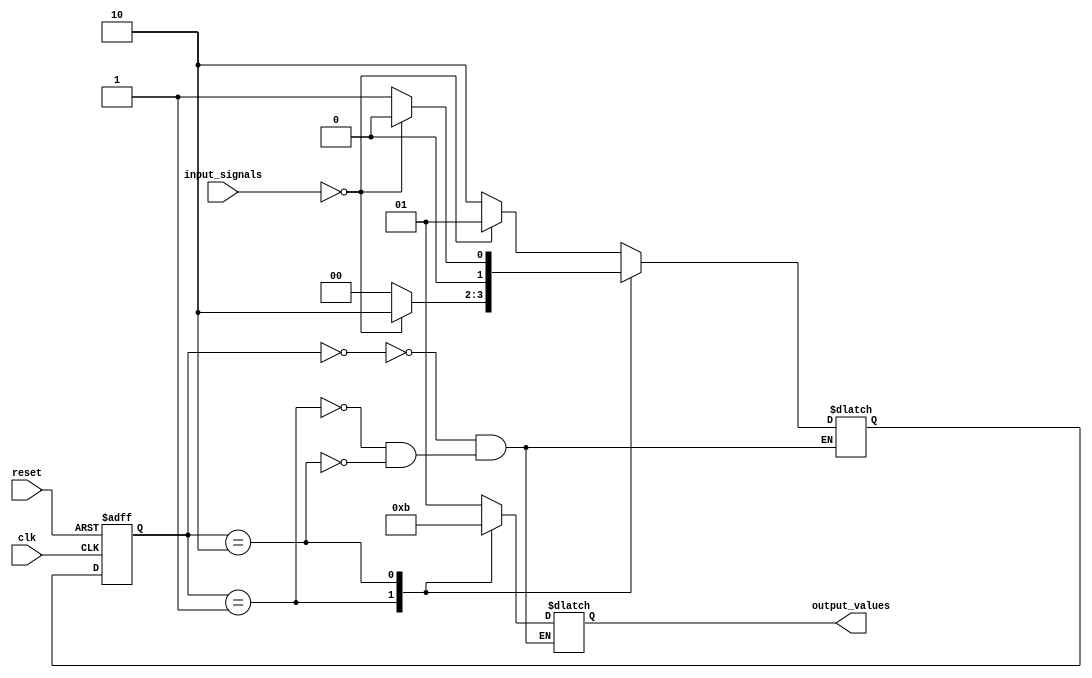
module MooreStateMachine (
    input clk,
    input reset,
    input [1:0] input_signals,
    output reg [1:0] output_values
);

// Define states
parameter STATE_A = 2'b00;
parameter STATE_B = 2'b01;
parameter STATE_C = 2'b10;

// Define state register
reg [1:0] state_reg, next_state;

// State register initialization
always @(posedge clk or posedge reset) begin
    if (reset) begin
        state_reg <= STATE_A;
    end else begin
        state_reg <= next_state;
    end
end

// Next state logic
always @* begin
    case (state_reg)
        STATE_A: begin
            if (input_signals == 2'b00) begin
                next_state = STATE_B;
            end else begin
                next_state = STATE_C;
            end
        end
        STATE_B: begin
            if (input_signals == 2'b00) begin
                next_state = STATE_C;
            end else begin
                next_state = STATE_A;
            end
        end
        STATE_C: begin
            if (input_signals == 2'b00) begin
                next_state = STATE_A;
            end else begin
                next_state = STATE_B;
            end
        end
    endcase
end

// Output logic
always @* begin
    case (state_reg)
        STATE_A: output_values = 2'b01;
        STATE_B: output_values = 2'b10;
        STATE_C: output_values = 2'b11;
    endcase
end

endmodule